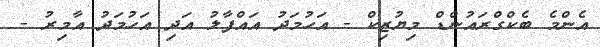
އެންމެ ބެކްގްރައުންޑް މިޔުޒިކް - އަހުމަދު އައްފާލު އަދި އަހުމަދު އާމިރު -